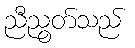
ညီညွတ်သည်